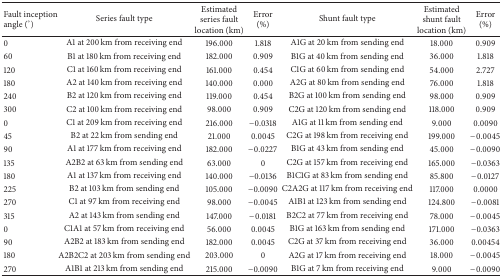
<table><thead><tr><td><b>Fault inception angle (°)</b></td><td><b>Series fault type</b></td><td><b>Estimated series fault location (km)</b></td><td><b>Error (%)</b></td><td><b>Shunt fault type</b></td><td><b>Estimated shunt fault location (km)</b></td><td><b>Error (%)</b></td></tr></thead><tbody><tr><td>0</td><td>A1 at 200 km from receiving end</td><td>196.000</td><td>1.818</td><td>A1G at 20 km from sending end</td><td>18.000</td><td>0.909</td></tr><tr><td>60</td><td>B1 at 180 km from receiving end</td><td>182.000</td><td>0.909</td><td>B1G at 40 km from sending end</td><td>36.000</td><td>1.818</td></tr><tr><td>120</td><td>C1 at 160 km from receiving end</td><td>161.000</td><td>0.454</td><td>C1G at 60 km from sending end</td><td>54.000</td><td>2.727</td></tr><tr><td>180</td><td>A2 at 140 km from receiving end</td><td>140.000</td><td>0.000</td><td>A2G at 80 km from sending end</td><td>76.000</td><td>1.818</td></tr><tr><td>240</td><td>B2 at 120 km from receiving end</td><td>119.000</td><td>0.454</td><td>B2G at 100 km from sending end</td><td>98.000</td><td>0.909</td></tr><tr><td>300</td><td>C2 at 100 km from receiving end</td><td>98.000</td><td>0.909</td><td>C2G at 120 km from sending end</td><td>118.000</td><td>0.909</td></tr><tr><td>0</td><td>C1 at 209 km from receiving end</td><td>216.000</td><td>−0.0318</td><td>A1G at 11 km from sending end</td><td>9.000</td><td>0.0090</td></tr><tr><td>45</td><td>B2 at 22 km from sending end</td><td>21.000</td><td>0.0045</td><td>C2G at 198 km from receiving end</td><td>199.000</td><td>−0.0045</td></tr><tr><td>90</td><td>A1 at 177 km from receiving end</td><td>182.000</td><td>−0.0227</td><td>B1G at 43 km from sending end</td><td>45.000</td><td>−0.0090</td></tr><tr><td>135</td><td>A2B2 at 63 km from sending end</td><td>63.000</td><td>0</td><td>C2G at 157 km from receiving end</td><td>165.000</td><td>−0.0363</td></tr><tr><td>180</td><td>A1 at 137 km from receiving end</td><td>140.000</td><td>−0.0136</td><td>B1C1G at 83 km from sending end</td><td>85.800</td><td>−0.0127</td></tr><tr><td>225</td><td>B2 at 103 km from sending end</td><td>105.000</td><td>−0.0090</td><td>C2A2G at 117 km from receiving end</td><td>117.000</td><td>0.0000</td></tr><tr><td>270</td><td>C1 at 97 km from receiving end</td><td>98.000</td><td>−0.0045</td><td>A1B1 at 123 km from sending end</td><td>124.800</td><td>−0.0081</td></tr><tr><td>315</td><td>A2 at 143 km from sending end</td><td>147.000</td><td>−0.0181</td><td>B2C2 at 77 km from receiving end</td><td>78.000</td><td>−0.0045</td></tr><tr><td>0</td><td>C1A1 at 57 km from receiving end</td><td>56.000</td><td>0.0045</td><td>B1G at 163 km from sending end</td><td>171.000</td><td>−0.0363</td></tr><tr><td>90</td><td>A2B2 at 183 km from sending end</td><td>182.000</td><td>0.0045</td><td>C2G at 37 km from receiving end</td><td>36.000</td><td>0.00454</td></tr><tr><td>180</td><td>A2B2C2 at 203 km from sending end</td><td>203.000</td><td>0</td><td>A2G at 17 km from receiving end</td><td>18.000</td><td>−0.0045</td></tr><tr><td>270</td><td>A1B1 at 213 km from sending end</td><td>215.000</td><td>−0.0090</td><td>B1G at 7 km from receiving end</td><td>9.000</td><td>−0.0090</td></tr></tbody></table>